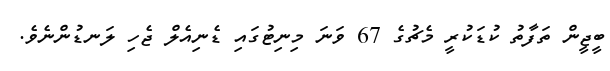
ބީޖީން ތަފާތު ކުޑަކުރީ މެޗުގެ 67 ވަނަ މިނިޓުގައި ޑެނިއެލް ޖެހި ލަނޑުންނެވެ.